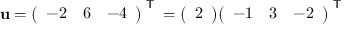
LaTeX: \mathbf { u } = { \left( \begin{array} { l l l } { - 2 } & { 6 } & { - 4 } \end{array} \right) } ^ { \textsf { T } } = { \left( \begin{array} { l } { 2 } \end{array} \right) } { \left( \begin{array} { l l l } { - 1 } & { 3 } & { - 2 } \end{array} \right) } ^ { \textsf { T } }